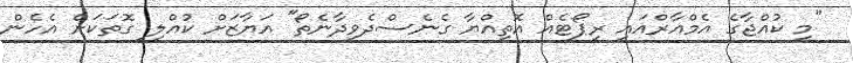
"މި ކުއްޖާގެ އެމްއާރްއައި ރިޕޯޓެއް އޮތިއްޔާ ގެނެސްދެވިދާނެތޯ" އަޔާޒަށް ކުއްލި ގޮތަކަށް އެހެން